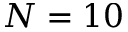
N = 1 0